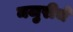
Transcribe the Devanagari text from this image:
मजुरीचे